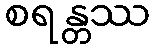
စရန္တဿ